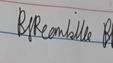
Signature authenticity: genuine